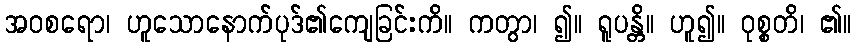
အဝစရော၊ ဟူသောနောက်ပုဒ်၏ကျေခြင်းကိ။ ကတွာ၊ ၍။ ရူပန္တိ။ ဟူ၍။ ဝုစ္စတိ၊ ၏။